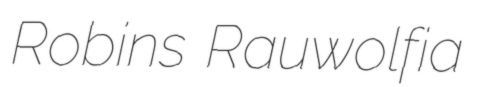
Robins Rauwolfia